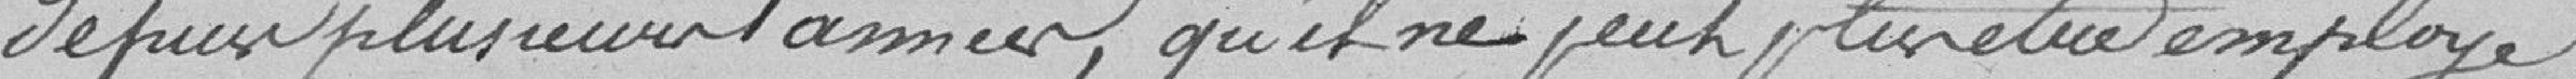
depuis plusieurs années, qu'il ne peut plus être employé